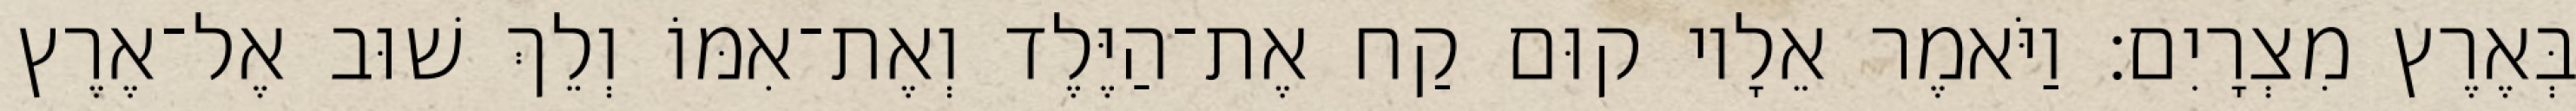
בְּאֶרֶץ מִצְרָיִם׃ וַיֹּאמֶר אֵלָיו קוּם קַח אֶת־הַיֶּלֶד וְאֶת־אִמּוֹ וְלֵךְ שׁוּב אֶל־אֶרֶץ